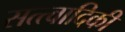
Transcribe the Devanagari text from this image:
सत्त्वादिकीं